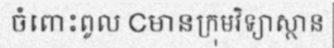
ចំពោះពូល Cមានក្រុមវិទ្យាស្ថាន